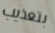
بتعذيب